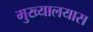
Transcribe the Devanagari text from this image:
मुख्यालयास